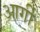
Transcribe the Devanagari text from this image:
आर्गी